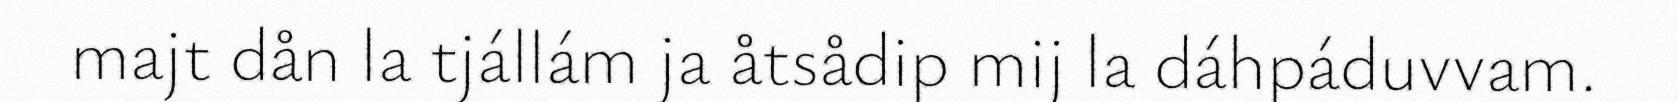
majt dån la tjállám ja åtsådip mij la dáhpáduvvam.